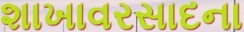
શાખાવરસાદના